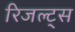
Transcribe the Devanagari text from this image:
रिजल्ट्स